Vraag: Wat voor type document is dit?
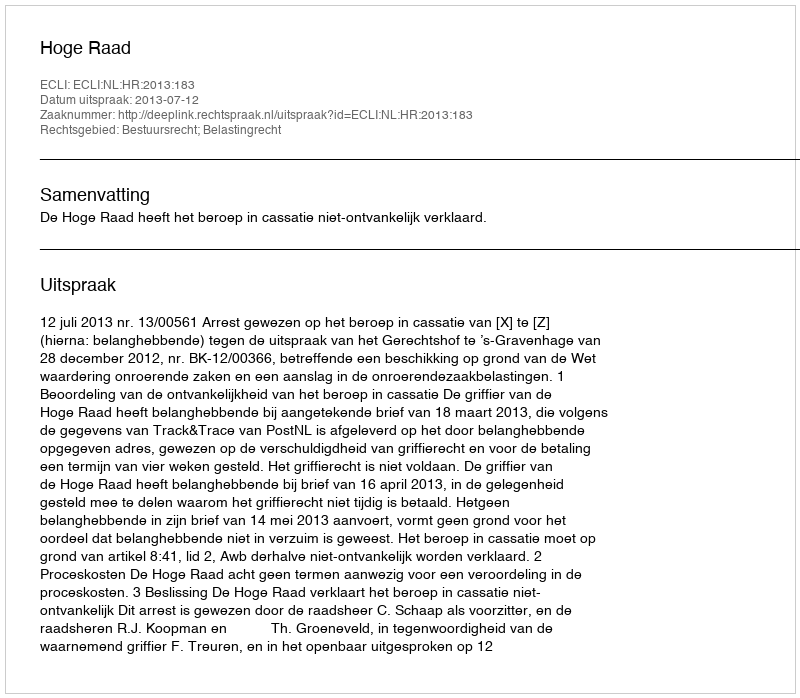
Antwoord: Uitspraak